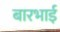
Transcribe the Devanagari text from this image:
बारभाई